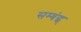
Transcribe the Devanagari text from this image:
सम्बंद्ध्